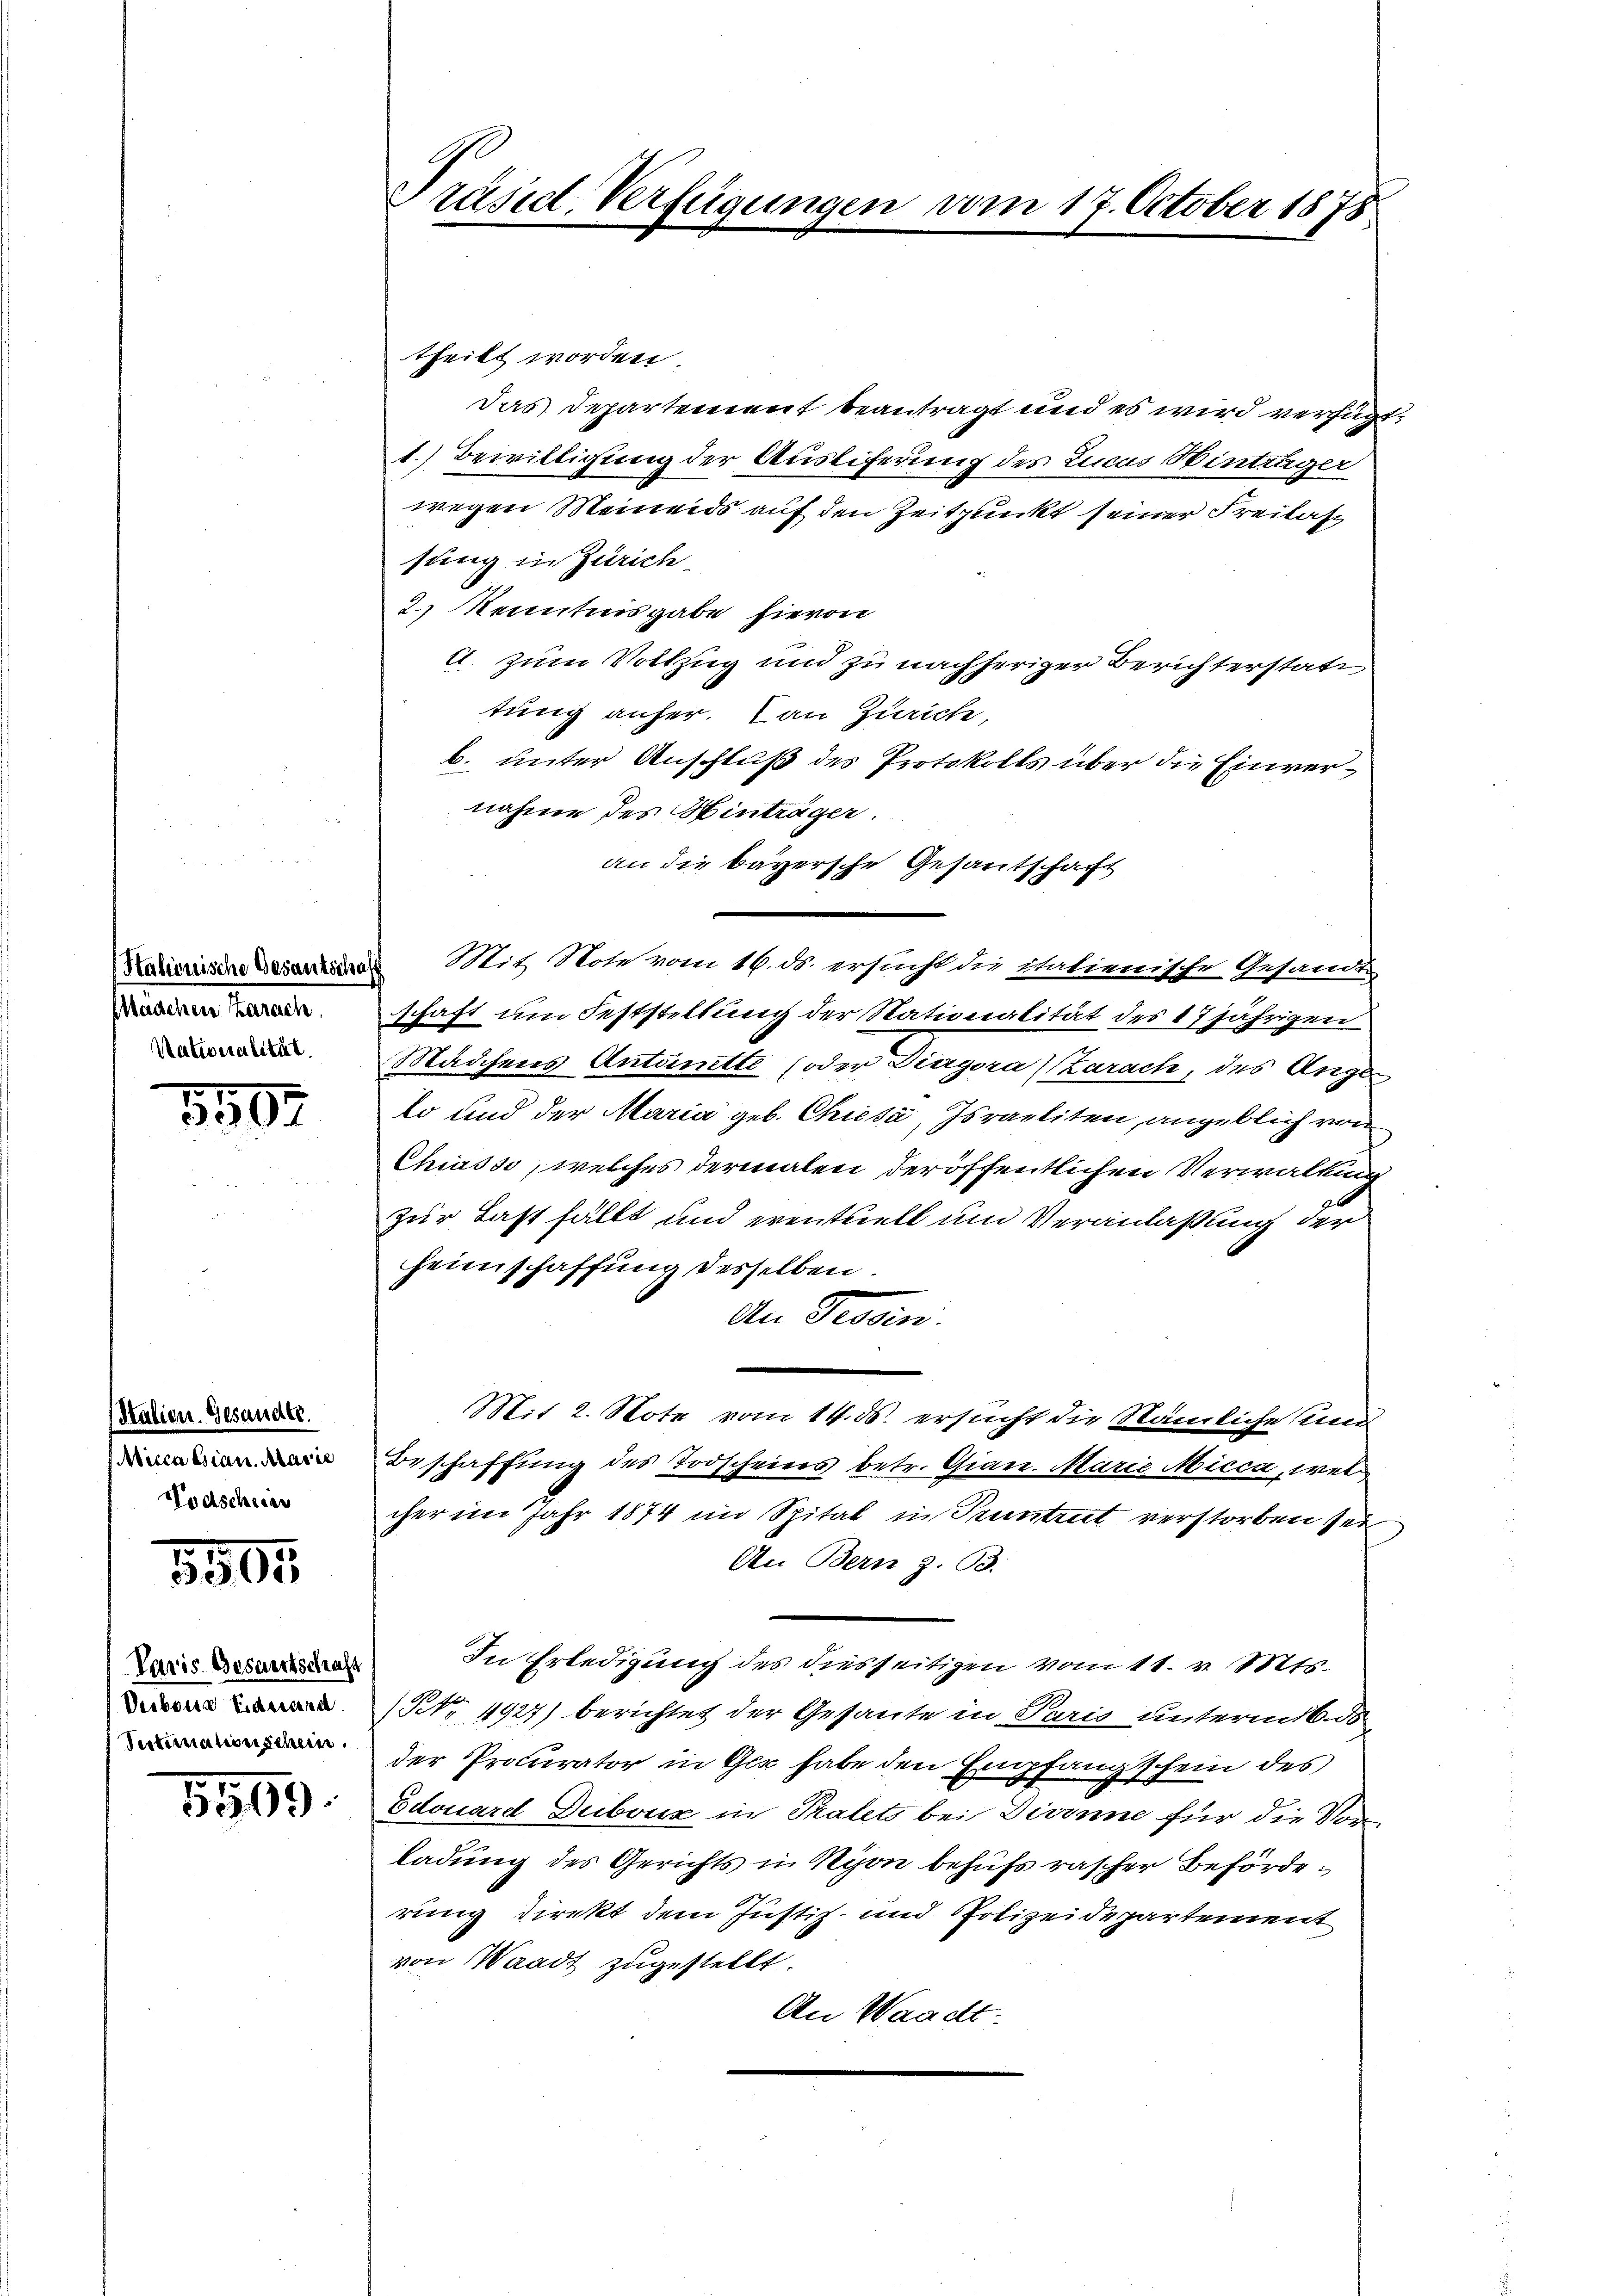
Maachen Zarach.
Nationalität.

8502

Stalien. Gesandte.
Wicca Eian. Marie
Nodscheins

8505

Paris Gesantschaft
Verbaue Eidesra
Sestinationschen.

5500.

Präsid Verfügungen vom 17. October 1878

theilt worden.
Das Departement beantragt und es wird verfügt:
1.) Bewilligung der Ausliferung des Lucas Hinträger
wegen Meinends auf den Zeitpunkt seiner Freilasz
sung in Zürich.
2.) Kenntnisgabe hievon
l. zum Vollzug und zu nachheriger Berichterstatt
tung anher. Von Zürich,
b. unter Anschluß des Protokolls über die Einvernahme des Hinträger.
an die bayersche Gesantschaft
Statienische Gesantsches Mit Note vom 16. ds. ersucht die italienische Gesamt
schaft um Feststellung der Nationalität des 17jährigen
Mädchenes Antritte (oder Diagora, Zarach, des Angelo und der Maria geb. Chiesa, Israeliten, angeblich von
Chiasso, welches dermalen der öffentlichen Verwaltung
zur Last fällt und eventuell und Veranlaßung der
Heimschaffung desselben.
An Tessin.
Mit 2. Note vom 14. ds. ersucht die Nämliche und
Beschaffŭng des Todscheiers betr. Gian. Marie Micca, wel
cher im Jahr 1874 im Spital in Pruntrut verstorben sein
An Bern z. B.
In Erledigung des diesseitigen vom 11. v. Mts.
(NNo. 1927) berichtet der Gesante in Paris unterm 6. ds
der Procurator in Ges habe den Empfangschein des
Edouard Dubouz in Palets bei Dirinne für die Vor
ladung des Gerichts in Nyon behufs rascher Behörderung direkt dem Justiz- und Polizeidepartement
von Waadt zugestellt.
An Waadt.